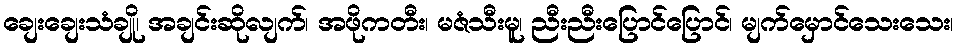
ချေးချေးသံချို၊ အချင်းဆိုလျက်၊ အဖိုကတီး၊ မဇံသီးမူ၊ ညီးညီးပြောင်ပြောင်၊ မျက်မှောင်သေးသေး၊